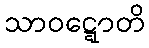
သာဝဋ္ဋောတိ